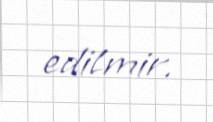
edilmir.